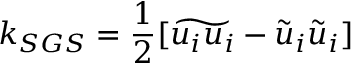
k _ { S G S } = \frac { 1 } { 2 } [ \widetilde { u _ { i } u _ { i } } - \widetilde { u } _ { i } \widetilde { u } _ { i } ]